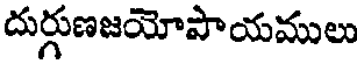
దుర్గుణజయోపాయములు